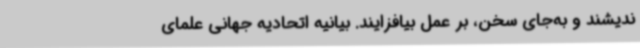
ندیشند و به‌جای سخن، بر عمل بیافزایند. بیانیه اتحادیه جهانی علمای